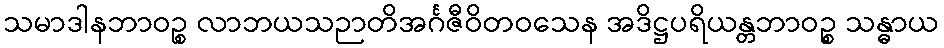
သမာဒါနဘာဝဉ္စ လာဘယသဉာတိအင်္ဂဇီဝိတဝသေန အဒိဋ္ဌပရိယန္တဘာဝဉ္စ သန္ဓာယ